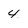
Character: 4